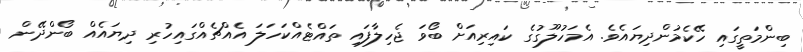
ބިންމަތީގައި ހޭކެމުންދިޔައެވެ. އެމަހުލޫގުގެ ކައިރިއަށް ބޯވަ ޖެހިލާފައި ތައްޓެއްކަހަލަ އެއްޗެއްގައިހުރި ދިޔައެއް ބޯންދޭން